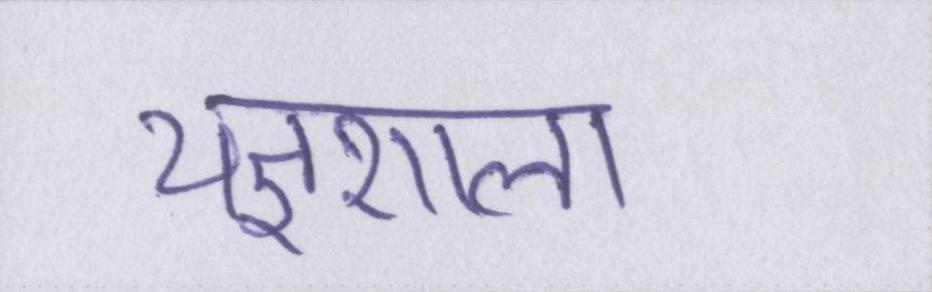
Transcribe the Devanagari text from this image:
यज्ञशाला